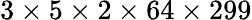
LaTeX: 3\times 5\times 2\times 64\times 299